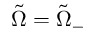
\tilde { \Omega } = \tilde { Ω } _ { - }